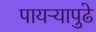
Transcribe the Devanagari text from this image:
पायऱ्यापुढे